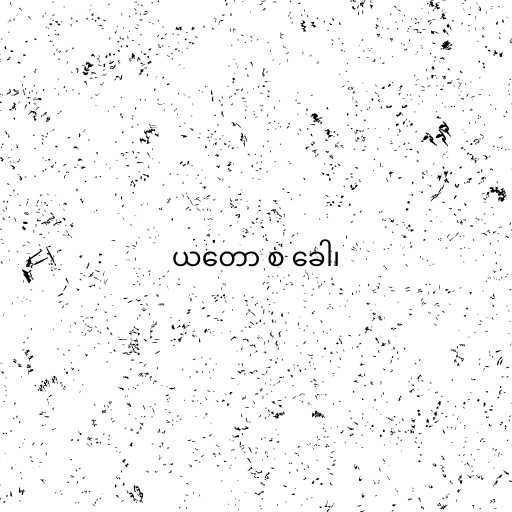
ယတော စ ခေါ၊